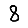
Digit: 8